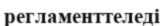
регламенттеледі